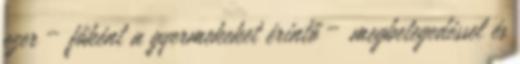
ezer – főként a gyermekeket érintő – megbetegedéssel és